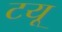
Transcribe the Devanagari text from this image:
टयू